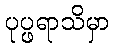
ပုပ္ဖရာသိမှာ